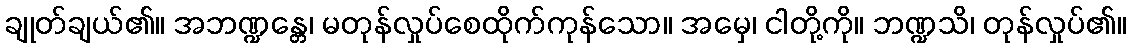
ချုတ်ချယ်၏။ အဘဏ္ဍန္တေ၊ မတုန်လှုပ်စေထိုက်ကုန်သော။ အမှေ၊ ငါတို့ကို။ ဘဏ္ဍသိ၊ တုန်လှုပ်၏။